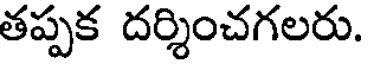
తప్పక దర్శించగలరు.